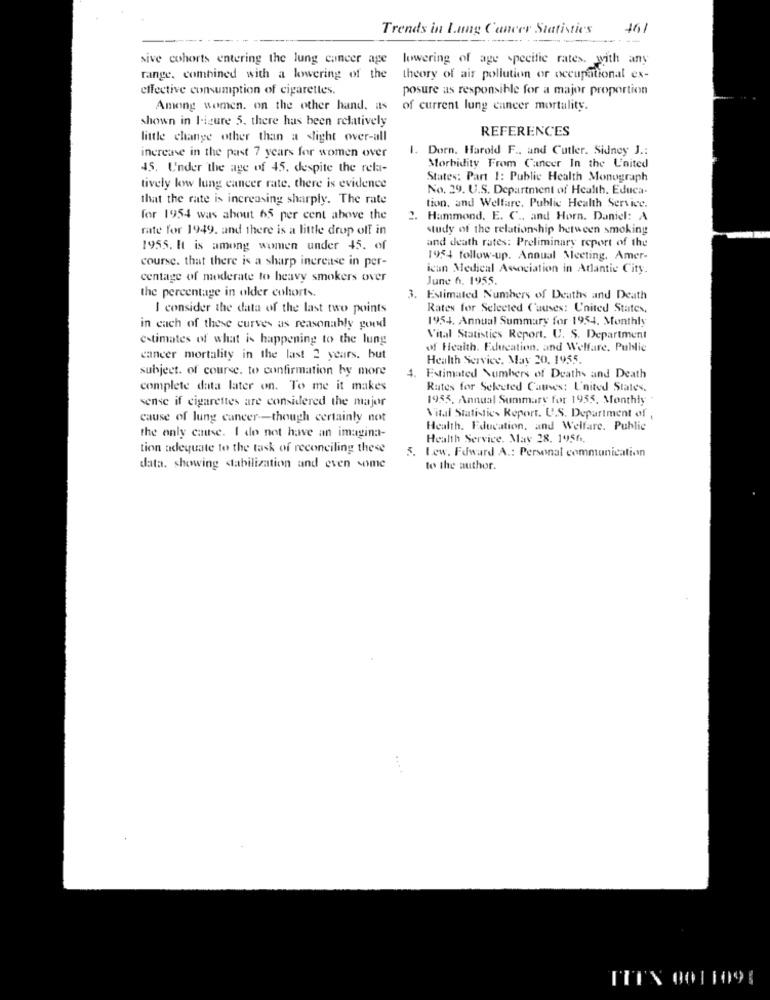
Trends in Lung Cancer Statistics
461
sive cohorts entering the lung cancer age
lowering of age specific rates. with any
range, combined with a lowering of the
theory of air pollution or occupational ex-
effective consumption of cigarettes.
posure as responsible for a major proportion
Among women. on the other hand. as
of current lung cancer mortality.
shown in Figure 5. there has been relatively
REFERENCES
little change other than a slight over-all
1. Dorn. Harold F .. and Cutler. Sidney J .:
increase in the past 7 years for women over
45. Under the age of 45. despite the rek-
Morbidity From Cancer In the United
States: Part 1: Public Health Monograph
tively low lung cancer rate, there is evidence
No. 29. U.S. Department of Health. Educa-
that the rate is increasing sharply. The rate
tion, and Welfare, Public Health Service.
for 1954 was about 65 per cent above the
2. Hammond. E. C ., and Horn. Daniel: A
rate for 1949. and there is a little drop off in
study of the relationship between smoking
and death rates: Preliminary report of the
1955. It is among women under 45. of
course. that there is a sharp increase in per-
1954 follow-up. Annual Meeting, Amer-
ican Medical Association in Atlantic City.
centage of moderate to heavy smokers over
June 6. 1955
the percentage in older cohorts.
. Estimated Numbers of Deaths and Death
I consider the data of the last two points
Rates for Selected Causes: United States,
1954. Annual Summary for 1954. Monthly
in each of these curves as reasonably good
estimates of what is happening to the lung
Vital Statistics Report. U. S. Department
of Health. Education, and Welfare, Public
cancer mortality in the last 2 years. but
Health Service, May 20. 1955.
subject. of course, to confirmation by more
Estimated Numbers of Deaths and Death
complete data later on. To me it makes
Rates for Selected Cates: L'nited States.
sense if cigarettes are considered the major
1955, Annual Summary for 1935, Monthly
cause of lung cancer -- though certainly not
Vital Statistics Report. U.S. Department of ,
Health. Education, and Welfare. Public
the only cause. I do not have an imagina-
Health Service. May 28. 1956.
tion adequate to the task of reconciling these
5.
Lew. Foward A .: Personal communication
data, showing stabilization and even some
to the author.
TIFY 0011991